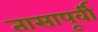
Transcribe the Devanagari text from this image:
तासापूर्वी